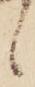
候